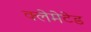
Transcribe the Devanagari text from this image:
क्लेमेटेड